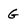
Character: G